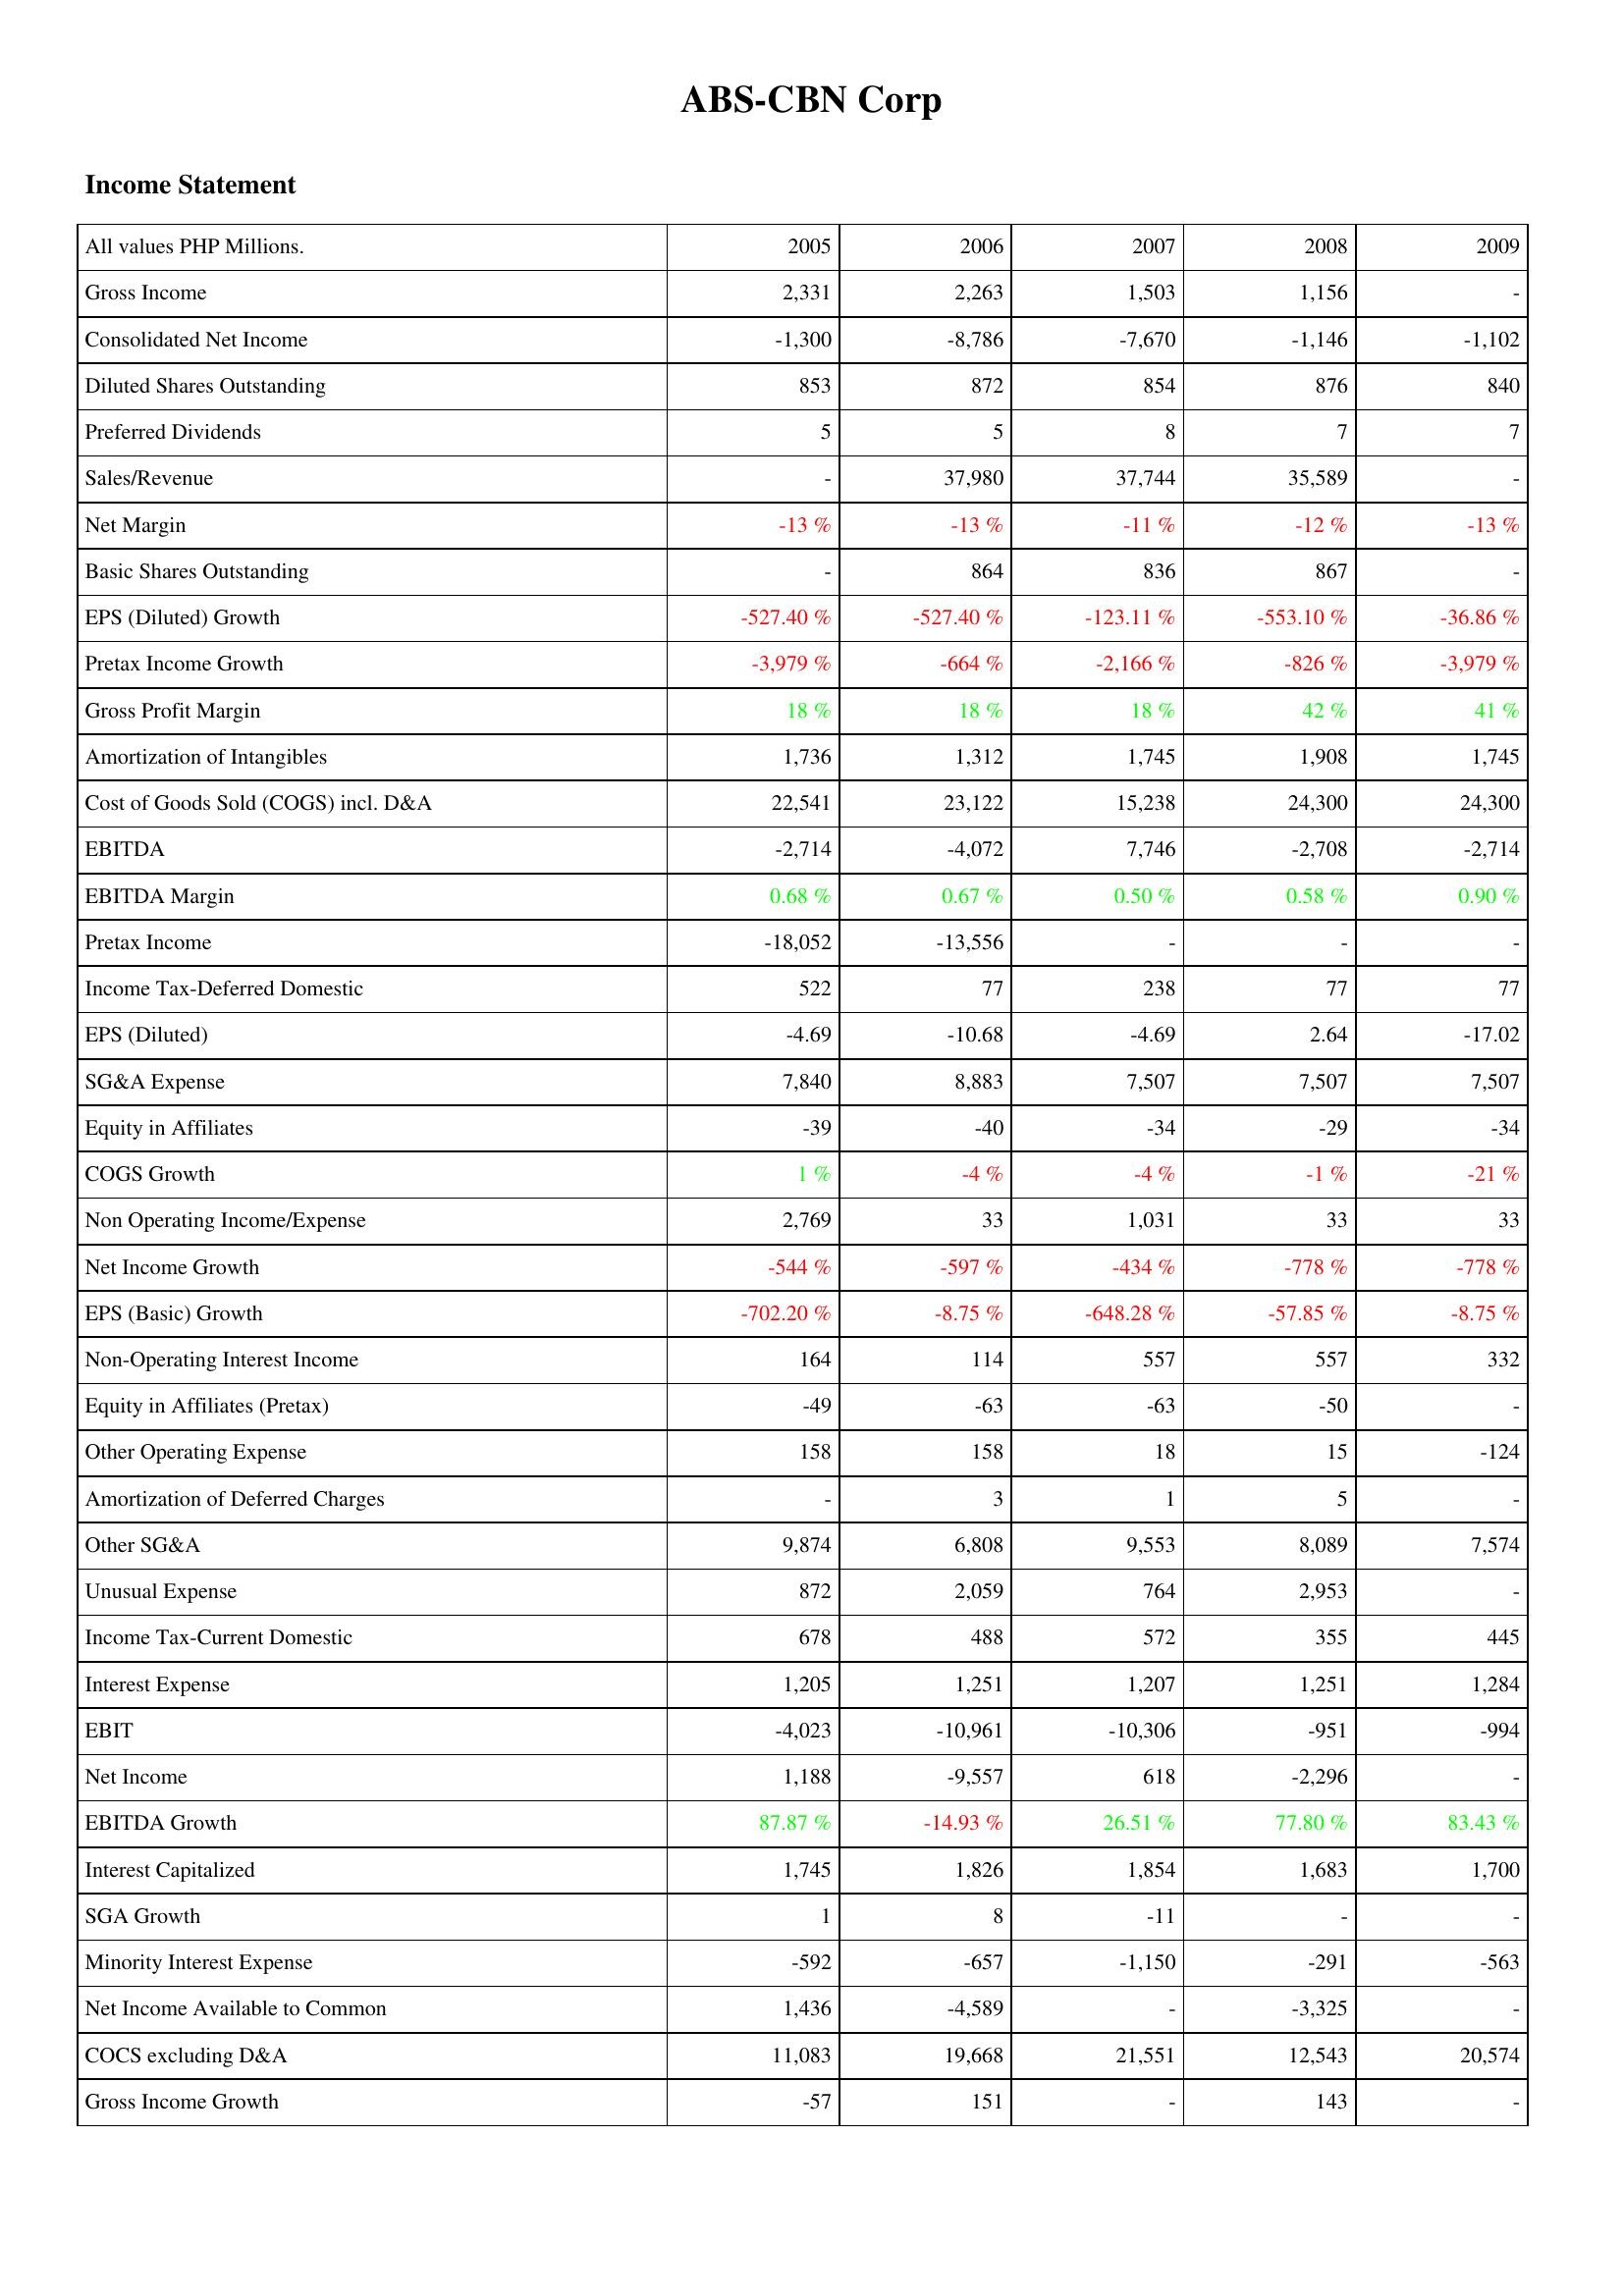
2005: Income Statement: Gross Income: 2,331
Consolidated Net Income: -1,300
Diluted Shares Outstanding: 853
Preferred Dividends: 5
Sales/Revenue: -
Net Margin: -13 %
Basic Shares Outstanding: -
EPS (Diluted) Growth: -527.40 %
Pretax Income Growth: -3,979 %
Gross Profit Margin: 18 %
Amortization of Intangibles: 1,736
Cost of Goods Sold (COGS) incl. D&A: 22,541
EBITDA: -2,714
EBITDA Margin: 0.68 %
Pretax Income: -18,052
Income Tax-Deferred Domestic: 522
EPS (Diluted): -4.69
SG&A Expense: 7,840
Equity in Affiliates: -39
COGS Growth: 1 %
Non Operating Income/Expense: 2,769
Net Income Growth: -544 %
EPS (Basic) Growth: -702.20 %
Non-Operating Interest Income: 164
Equity in Affiliates (Pretax): -49
Other Operating Expense: 158
Amortization of Deferred Charges: -
Other SG&A: 9,874
Unusual Expense: 872
Income Tax-Current Domestic: 678
Interest Expense: 1,205
EBIT: -4,023
Net Income: 1,188
EBITDA Growth: 87.87 %
Interest Capitalized: 1,745
SGA Growth: 1
Minority Interest Expense: -592
Net Income Available to Common: 1,436
COCS excluding D&A: 11,083
Gross Income Growth: -57
2006: Income Statement: Gross Income: 2,263
Consolidated Net Income: -8,786
Diluted Shares Outstanding: 872
Preferred Dividends: 5
Sales/Revenue: 37,980
Net Margin: -13 %
Basic Shares Outstanding: 864
EPS (Diluted) Growth: -527.40 %
Pretax Income Growth: -664 %
Gross Profit Margin: 18 %
Amortization of Intangibles: 1,312
Cost of Goods Sold (COGS) incl. D&A: 23,122
EBITDA: -4,072
EBITDA Margin: 0.67 %
Pretax Income: -13,556
Income Tax-Deferred Domestic: 77
EPS (Diluted): -10.68
SG&A Expense: 8,883
Equity in Affiliates: -40
COGS Growth: -4 %
Non Operating Income/Expense: 33
Net Income Growth: -597 %
EPS (Basic) Growth: -8.75 %
Non-Operating Interest Income: 114
Equity in Affiliates (Pretax): -63
Other Operating Expense: 158
Amortization of Deferred Charges: 3
Other SG&A: 6,808
Unusual Expense: 2,059
Income Tax-Current Domestic: 488
Interest Expense: 1,251
EBIT: -10,961
Net Income: -9,557
EBITDA Growth: -14.93 %
Interest Capitalized: 1,826
SGA Growth: 8
Minority Interest Expense: -657
Net Income Available to Common: -4,589
COCS excluding D&A: 19,668
Gross Income Growth: 151
2007: Income Statement: Gross Income: 1,503
Consolidated Net Income: -7,670
Diluted Shares Outstanding: 854
Preferred Dividends: 8
Sales/Revenue: 37,744
Net Margin: -11 %
Basic Shares Outstanding: 836
EPS (Diluted) Growth: -123.11 %
Pretax Income Growth: -2,166 %
Gross Profit Margin: 18 %
Amortization of Intangibles: 1,745
Cost of Goods Sold (COGS) incl. D&A: 15,238
EBITDA: 7,746
EBITDA Margin: 0.50 %
Pretax Income: -
Income Tax-Deferred Domestic: 238
EPS (Diluted): -4.69
SG&A Expense: 7,507
Equity in Affiliates: -34
COGS Growth: -4 %
Non Operating Income/Expense: 1,031
Net Income Growth: -434 %
EPS (Basic) Growth: -648.28 %
Non-Operating Interest Income: 557
Equity in Affiliates (Pretax): -63
Other Operating Expense: 18
Amortization of Deferred Charges: 1
Other SG&A: 9,553
Unusual Expense: 764
Income Tax-Current Domestic: 572
Interest Expense: 1,207
EBIT: -10,306
Net Income: 618
EBITDA Growth: 26.51 %
Interest Capitalized: 1,854
SGA Growth: -11
Minority Interest Expense: -1,150
Net Income Available to Common: -
COCS excluding D&A: 21,551
Gross Income Growth: -
2008: Income Statement: Gross Income: 1,156
Consolidated Net Income: -1,146
Diluted Shares Outstanding: 876
Preferred Dividends: 7
Sales/Revenue: 35,589
Net Margin: -12 %
Basic Shares Outstanding: 867
EPS (Diluted) Growth: -553.10 %
Pretax Income Growth: -826 %
Gross Profit Margin: 42 %
Amortization of Intangibles: 1,908
Cost of Goods Sold (COGS) incl. D&A: 24,300
EBITDA: -2,708
EBITDA Margin: 0.58 %
Pretax Income: -
Income Tax-Deferred Domestic: 77
EPS (Diluted): 2.64
SG&A Expense: 7,507
Equity in Affiliates: -29
COGS Growth: -1 %
Non Operating Income/Expense: 33
Net Income Growth: -778 %
EPS (Basic) Growth: -57.85 %
Non-Operating Interest Income: 557
Equity in Affiliates (Pretax): -50
Other Operating Expense: 15
Amortization of Deferred Charges: 5
Other SG&A: 8,089
Unusual Expense: 2,953
Income Tax-Current Domestic: 355
Interest Expense: 1,251
EBIT: -951
Net Income: -2,296
EBITDA Growth: 77.80 %
Interest Capitalized: 1,683
SGA Growth: -
Minority Interest Expense: -291
Net Income Available to Common: -3,325
COCS excluding D&A: 12,543
Gross Income Growth: 143
2009: Income Statement: Gross Income: -
Consolidated Net Income: -1,102
Diluted Shares Outstanding: 840
Preferred Dividends: 7
Sales/Revenue: -
Net Margin: -13 %
Basic Shares Outstanding: -
EPS (Diluted) Growth: -36.86 %
Pretax Income Growth: -3,979 %
Gross Profit Margin: 41 %
Amortization of Intangibles: 1,745
Cost of Goods Sold (COGS) incl. D&A: 24,300
EBITDA: -2,714
EBITDA Margin: 0.90 %
Pretax Income: -
Income Tax-Deferred Domestic: 77
EPS (Diluted): -17.02
SG&A Expense: 7,507
Equity in Affiliates: -34
COGS Growth: -21 %
Non Operating Income/Expense: 33
Net Income Growth: -778 %
EPS (Basic) Growth: -8.75 %
Non-Operating Interest Income: 332
Equity in Affiliates (Pretax): -
Other Operating Expense: -124
Amortization of Deferred Charges: -
Other SG&A: 7,574
Unusual Expense: -
Income Tax-Current Domestic: 445
Interest Expense: 1,284
EBIT: -994
Net Income: -
EBITDA Growth: 83.43 %
Interest Capitalized: 1,700
SGA Growth: -
Minority Interest Expense: -563
Net Income Available to Common: -
COCS excluding D&A: 20,574
Gross Income Growth: -